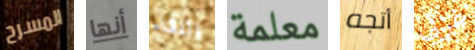
المسرح أنها اللقاء معلمة أتجه غربي